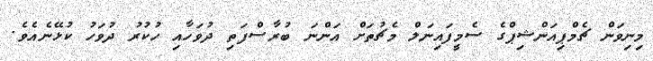
މިނިވަން ޗެމްޕިއަންޝިޕްގެ ސެމީފައިނަލް މެޗުތަށް އަންނަ ބުރާސްފަތި ދުވަހާއި ހުކުރު ދުވަހު ކުޅޭނެއެވެ.